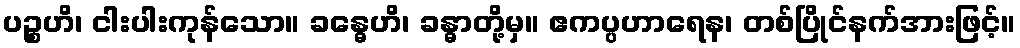
ပဉ္စဟိ၊ ငါးပါးကုန်သော။ ခန္ဓေဟိ၊ ခန္ဓာတို့မှ။ ဧကပ္ပဟာရေန၊ တစ်ပြိုင်နက်အားဖြင့်။